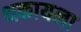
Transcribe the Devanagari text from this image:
थकायला